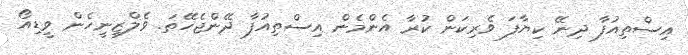
އިސްތިއުފާ ދިނޭ ކިޔާފަ ވެރިކަން ކުރާ އެންމެން އިސްތިއުފާ ދޭންޖެހޭތަ. ވެލްޒިނީހެން ވީޑިއޯ